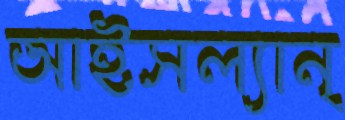
আইসল্যান্